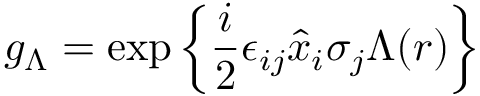
g _ { \Lambda } = \exp \left\{ \frac { i } { 2 } \epsilon _ { i j } \hat { x } _ { i } \sigma _ { j } \Lambda ( r ) \right\}